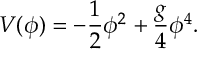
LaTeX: V ( \phi ) = - \frac 1 2 \phi ^ { 2 } + \frac { g } { 4 } \phi ^ { 4 } .